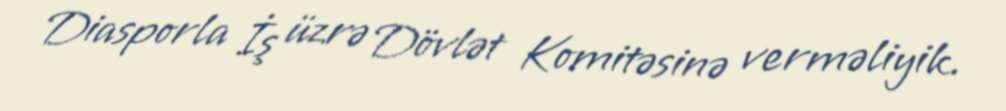
Diasporla İş üzrə Dövlət Komitəsinə verməliyik.